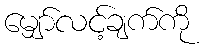
မျှော်လင့်ချက်ကို